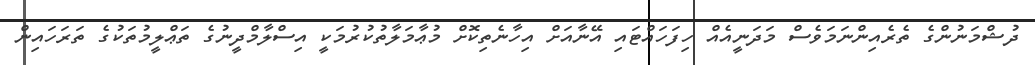
ދުޝްމަނުންގެ ތެރެއިންނަމަވެސް މަދަނީއެއް ހިފަހައްޓައި އޭނާއަށް އިހާނެތިކޮށް މުޢާމަލާތުކުރުމަކީ އިސްލާމްދީނުގެ ތަޢްލީމުތަކުގެ ތަރަހައިން